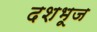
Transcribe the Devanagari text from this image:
दशभूज